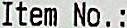
ITEM NO. :